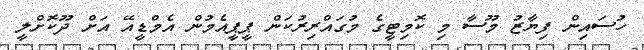
ހުސައިން ފިޔާޒު މޫސާ މި ކޮމިޓީގެ މުގައްރިރުކަން ޕީޕީއެމުން އެމްޑީއޭ އަށް ދޫކޮށްލީ